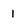
Character: 1